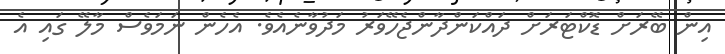
އިން ބޭރަށް ޑޮކްޓަަރަށް ދައްކަންދާންޖެހޭވަރު މަދުވާނެއެވެ. އެހެން ނަމަވެސް މާލޭ ގައި އެ